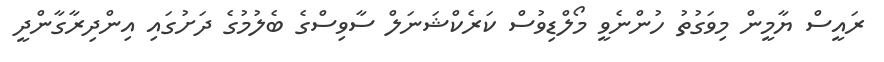
ރައީސް ޔާމީން މިވަގުތު ހުންނެވީ މޯލްޑިވުސް ކަރެކްޝަނަލް ސާވިސްގެ ބެލުމުގެ ދަށުގައި އިންދިރާގާންދީ